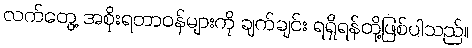
လက်တွေ့ အစိုးရတာဝန်များကို ချက်ချင်း ရရှိရန်တို့ဖြစ်ပါသည်။